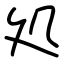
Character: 処